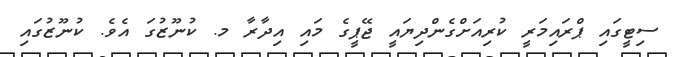
ސިޓީގައި ޕްރައިމަރީ ކުރިއަށްގެންދިޔައީ ޖޭޕީގެ މައި އިދާރާ މ. ކުނޫޒުގަ އެވެ. ކުނޫޒުގައި